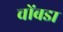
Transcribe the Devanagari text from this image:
चोंबडा